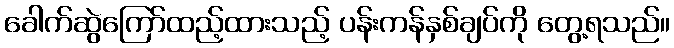
ခေါက်ဆွဲကြော်ထည့်ထားသည့် ပန်းကန်နှစ်ချပ်ကို တွေ့ရသည်။